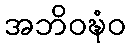
အဘိဝဍ္ဎံဝ